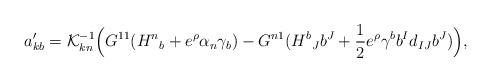
LaTeX: \begin{align*}a'_{kb}={\cal K}^{-1}_{kn} \Bigl ( G^{11}({H^n}_b+ e^{\rho}\alpha_n \gamma_b)-G^{n1}({H^b}_Jb^J+{1\over 2}e^{\rho}\gamma^b b^I d_{IJ} b^J) \Bigr),\end{align*}